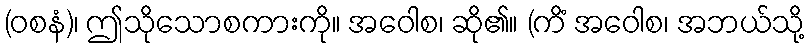
(ဝစနံ)၊ ဤသိုသောစကားကို။ အဝေါစ၊ ဆို၏။ (ကိံ အဝေါစ၊ အဘယ်သို့